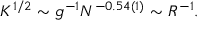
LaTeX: K ^ { 1 / 2 } \sim g ^ { - 1 } N ^ { - 0 . 5 4 ( 1 ) } \sim R ^ { - 1 } .